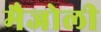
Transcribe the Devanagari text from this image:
मैजोली